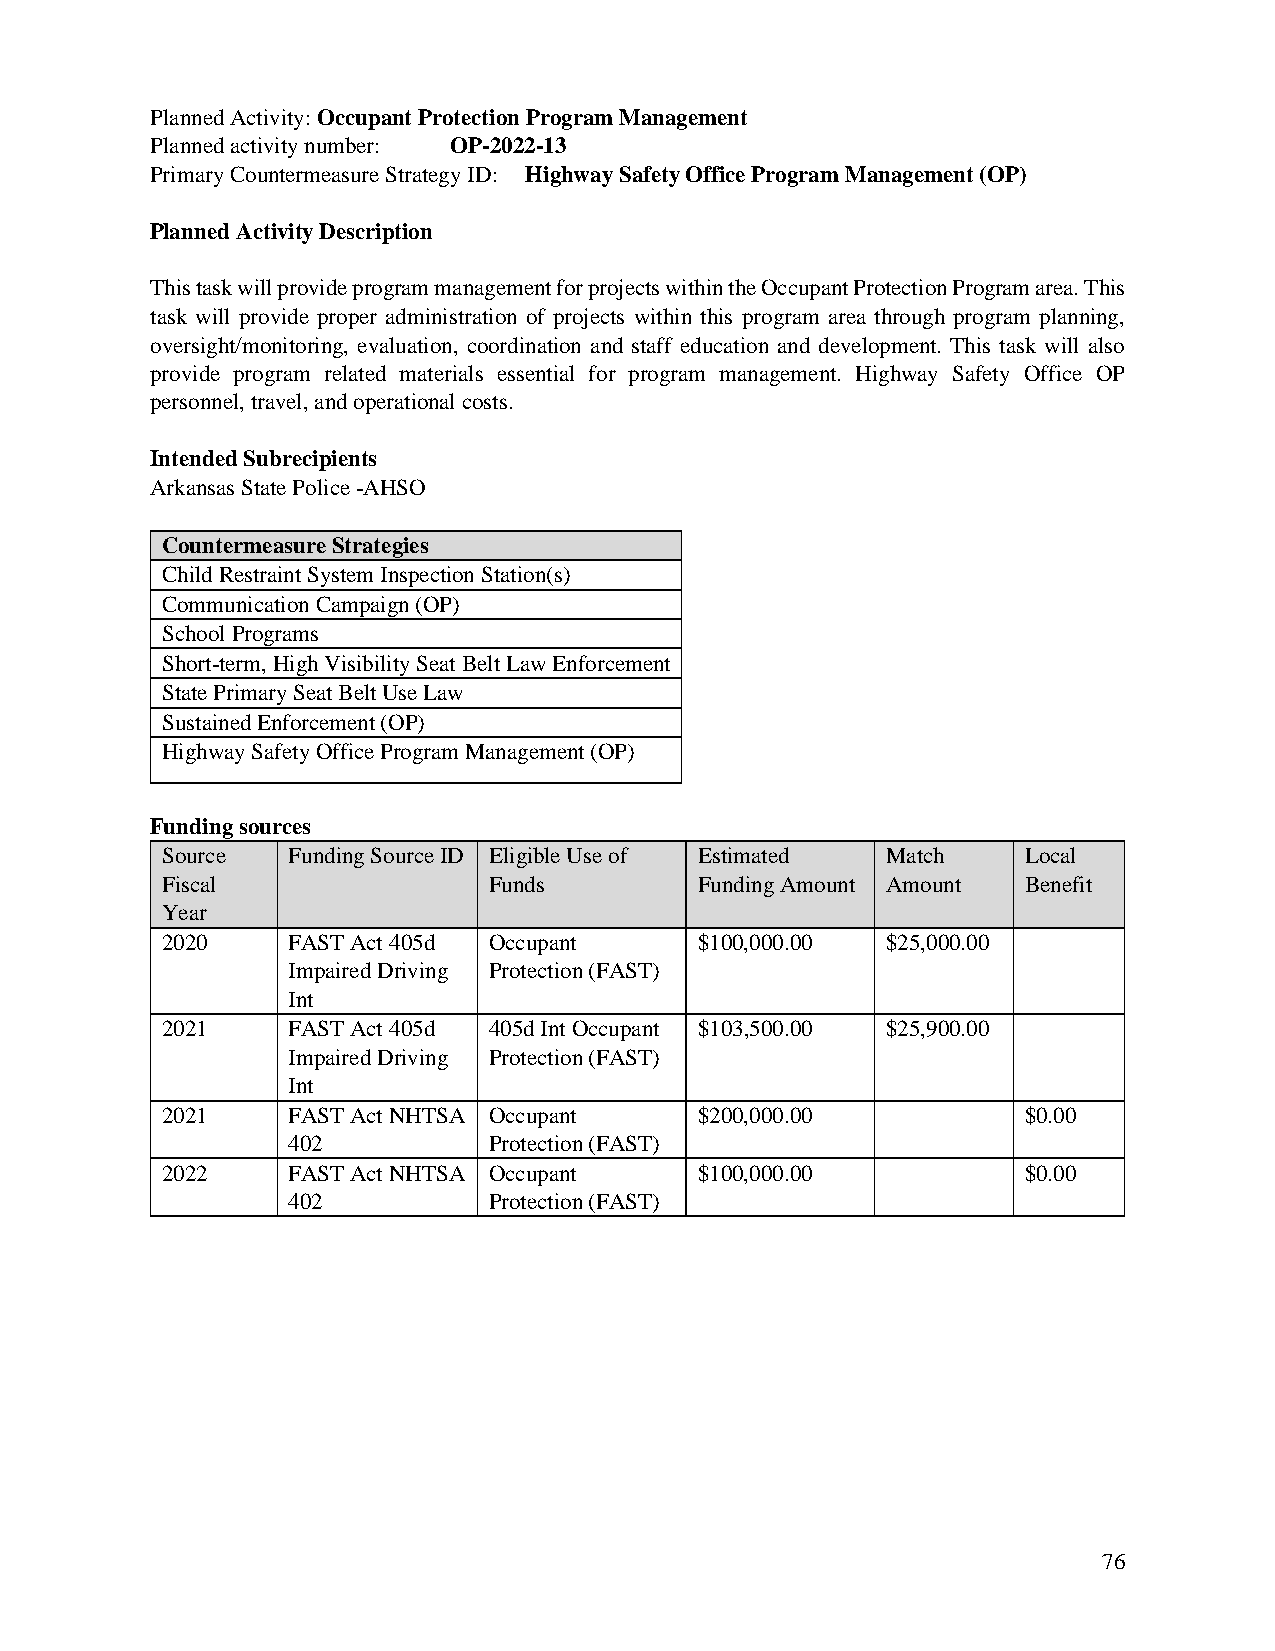
Planned Activity: Occupant Protection Program Management
 Planned activity number: OP-2022-13
 Primary Countermeasure Strategy ID: Highway Safety Office Program Management (OP)
 Planned Activity Description
 This task will provide program management for projects within the Occupant Protection Program area. This
 task will provide proper administration of projects within this program area through program planning,
 oversight/monitoring, evaluation, coordination and staff education and development. This task will also
 provide program related materials essential for program management. Highway Safety Office OP
 personnel, travel, and operational costs.
 Intended Subrecipients
 Arkansas State Police -AHSO
 Countermeasure Strategies
 Child Restraint System Inspection Station(s)
 Communication Campaign (OP)
 School Programs
 Short-term, High Visibility Seat Belt Law Enforcement
 State Primary Seat Belt Use Law
 Sustained Enforcement (OP)
 Highway Safety Office Program Management (OP)
 Funding sources
 Source  Funding Source ID Eligible Use of Estimated Match Local
 Fiscal               Funds         Funding Amount Amount Benefit
 Year
 2020    FAST Act 405d Occupant     $100,000.00  $25,000.00
 Impaired Driving Protection (FAST)
 Int
 2021    FAST Act 405d 405d Int Occupant $103,500.00 $25,900.00
 Impaired Driving Protection (FAST)
 Int
 2021    FAST Act NHTSA Occupant    $200,000.00           $0.00
 402          Protection (FAST)
 2022    FAST Act NHTSA Occupant    $100,000.00           $0.00
 402          Protection (FAST)
 76